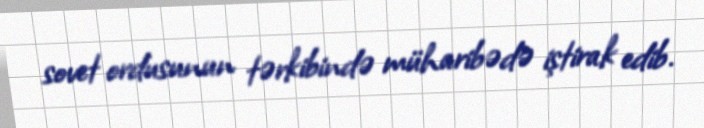
sovet ordusunun tərkibində müharibədə iştirak edib.